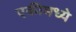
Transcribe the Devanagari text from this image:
एकीमध्ये